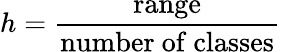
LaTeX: h={\frac{\mathrm{range}}{\mathrm{number~of~classes}}}